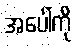
အပေါ်ကို